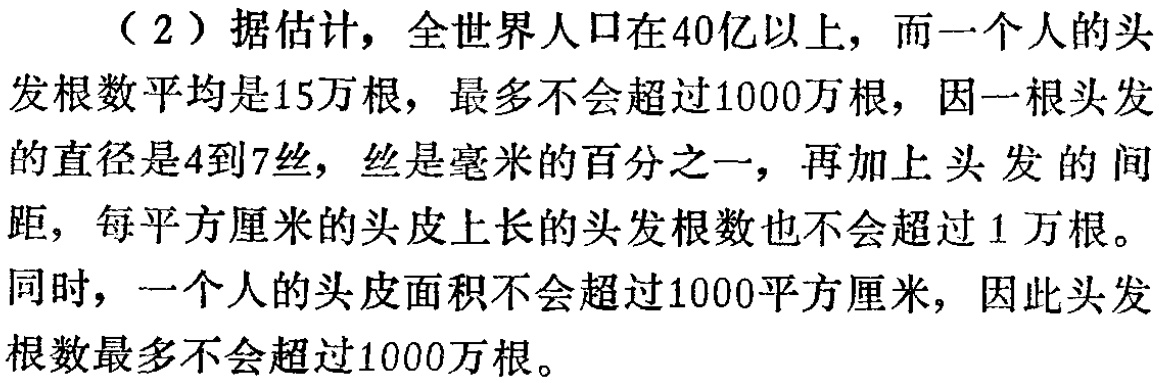
（2）据估计，全世界人口在40亿以上，而一个人的头发根数平均是15万根，最多不会超过1000万根，因一根头发的直径是4到7丝，丝是毫米的百分之一，再加上头发的间距，每平方厘米的头皮上长的头发根数也不会超过1万根。同时，一个人的头皮面积不会超过1000平方厘米，因此头发根数最多不会超过1000万根。